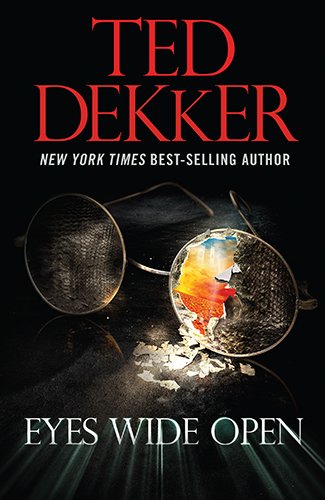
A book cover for Eyes Wide Open (Outlaw Chronicles); Ted Dekker; Christian Books & Bibles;